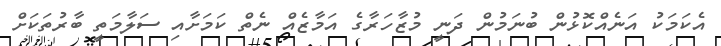
އެކަމަކު އަނެއްކޮޅުން ބުނަމުން ދަނީ މުޒާހަރާގެ އަމާޒެއް ނެތް ކަަމަށާއި ސަލާމަތީ ބާރުތަކަށް